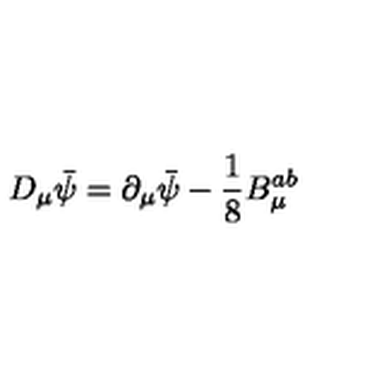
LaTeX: D _ { \mu } \bar { \psi } = \partial _ { \mu } \bar { \psi } - \frac { 1 } { 8 } B _ { \mu } ^ { a b }